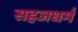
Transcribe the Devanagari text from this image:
सहजधर्म